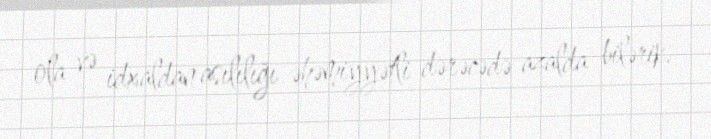
ola və idxaldan asılılığı əhəmiyyətli dərəcədə azalda bilərik.